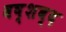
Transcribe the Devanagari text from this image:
वष्शब्द